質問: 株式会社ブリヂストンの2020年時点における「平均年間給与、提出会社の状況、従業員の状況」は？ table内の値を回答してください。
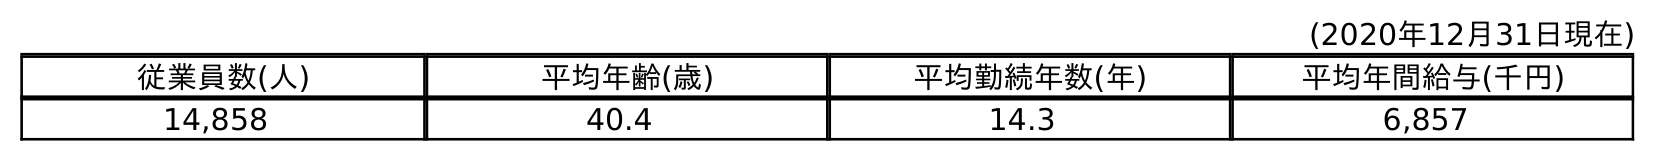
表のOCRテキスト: (2020年12月31日現在) 従業員数(人) 平均年齢(歳) 平均勤続年数(年) 平均年間給与(千円) 14,858 40.4 14.3 6,857
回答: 6,857